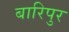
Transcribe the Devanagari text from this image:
बारिपुर